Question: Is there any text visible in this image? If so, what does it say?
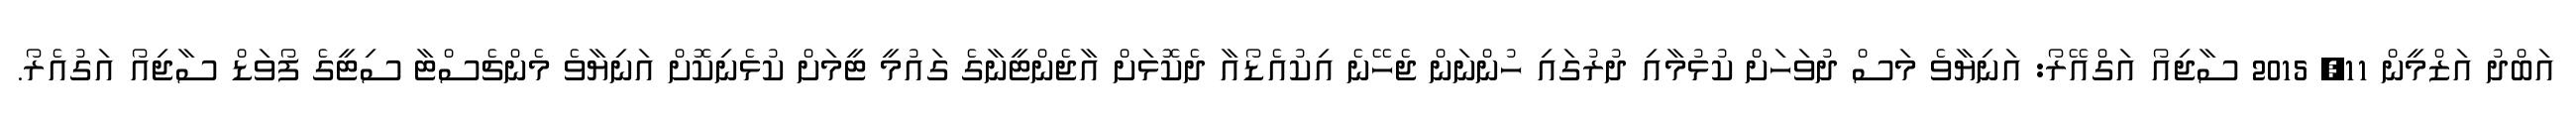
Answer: އަބްދު އަޒްމީން 11, 2015 ސާޖިއޯ އަގްއޭރޯ: އަނިޔާވެ މަސް ދުވަހަށް ކުޅުމާއި ދުރުގައި ހުންނަން ޖެހޭނެ އިކުއެޑޯއާ ދެކޮޅަށް އާޖެންޓީނާގެ ގައުމީ ޓީމަށް ކުޅެނިކޮށް އަނިޔާވެ މެންޗެސްޓާ ސިޓީގެ ފޯވަޑް ސާޖިއޯ އަގުއެރޯ.